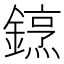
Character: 䥋